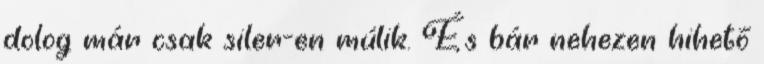
dolog már csak siler-en múlik. És bár nehezen hihető